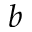
b